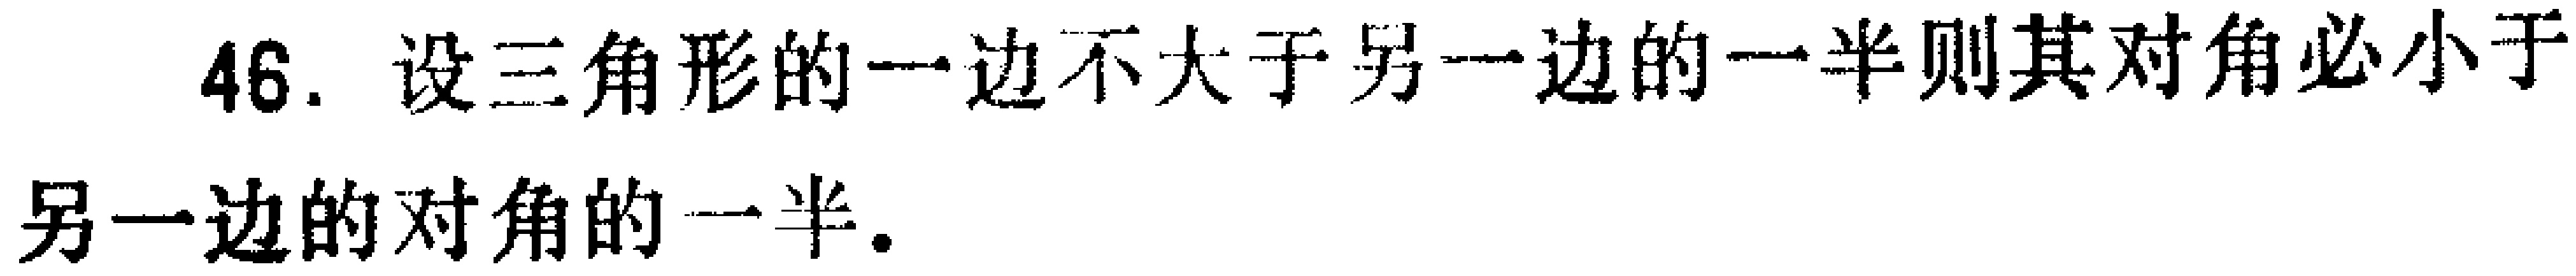
46. 设三角形的一边不大于另一边的一半则其对角必小于另一边的对角的一半.